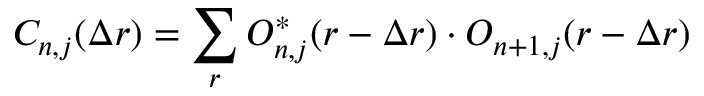
C _ { n , j } ( \Delta \boldsymbol { r } ) = \sum _ { \boldsymbol { r } } O _ { n , j } ^ { * } ( \boldsymbol { r } - \Delta \boldsymbol { r } ) \cdot O _ { n + 1 , j } ( \boldsymbol { r } - \Delta \boldsymbol { r } )